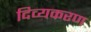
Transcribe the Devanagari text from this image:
दिव्यकरण